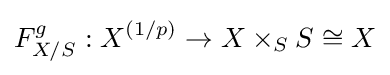
F_{X/S}^{g}:X^{(1/p)}\to X\times _{S}S\cong X